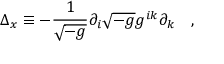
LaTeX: \Delta _ { x } \equiv - { \frac { 1 } { \sqrt { - g } } } \partial _ { i } \sqrt { - g } g ^ { i k } \partial _ { k } ~ ~ ~ ,